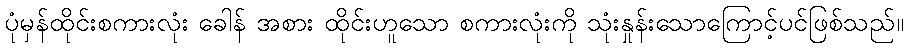
ပုံမှန်ထိုင်းစကားလုံး ခေါန် အစား ထိုင်းဟူသော စကားလုံးကို သုံးနှုန်းသောကြောင့်ပင်ဖြစ်သည်။